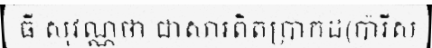
ធី សុវណ្ណថា ជាសារពិតប្រាកដ(ប៉ារីស